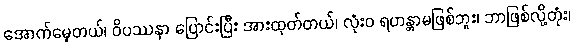
အောက်မေ့တယ်၊ ဝိပဿနာ ပြောင်းပြီး အားထုတ်တယ်၊ လုံးဝ ရဟန္တာမဖြစ်ဘူး၊ ဘာဖြစ်လို့တုံး၊